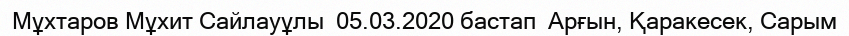
Мұхтаров Мұхит Сайлауұлы  05.03.2020 бастап  Арғын, Қаракесек, Сарым